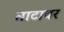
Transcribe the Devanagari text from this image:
ताटावर